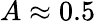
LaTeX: A\approx 0.5